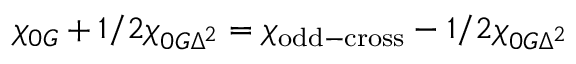
\chi _ { 0 G } + 1 / 2 \chi _ { 0 G \Delta ^ { 2 } } = \chi _ { \mathrm { o d d - c r o s s } } - 1 / 2 \chi _ { 0 G \Delta ^ { 2 } }